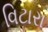
વિટારા